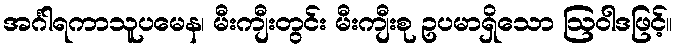
အင်္ဂါရကာသူပမေန၊ မီးကျီးတွင်း မီးကျီးစု ဥပမာရှိသော ဩဝါဒဖြင့်။